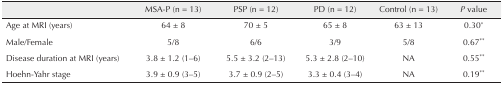
|  | MSA-P (n = 13) | PSP (n = 12) | PD (n = 12) | Control (n = 13) | P value |
 | --- | --- | --- | --- | --- | --- |
 | Age at MRI (years) | 64 ± 8 | 70 ± 5 | 65 ± 8 | 63 ± 13 | 0.30* |
 | Male/Female | 5/8 | 6/6 | 3/9 | 5/8 | 0.67** |
 | Disease duration at MRI (years) | 3.8 ± 1.2 (1–6) | 5.5 ± 3.2 (2–13) | 5.3 ± 2.8 (2–10) | NA | 0.55** |
 | Hoehn-Yahr stage | 3.9 ± 0.9 (3–5) | 3.7 ± 0.9 (2–5) | 3.3 ± 0.4 (3–4) | NA | 0.19** |